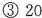
③20